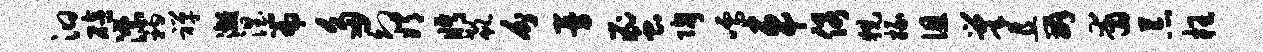
汩碚漂衲禅漓涅篇多幻嫦眄欷分曼蜜陶嚅车俗猊掾徂巢且辫甫荒枉